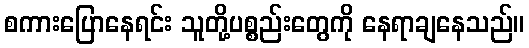
စကားပြောနေရင်း သူတို့ပစ္စည်းတွေကို နေရာချနေသည်။